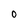
Character: 0